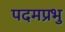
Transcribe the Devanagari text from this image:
पदमप्रभु